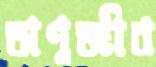
অণুজীব